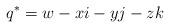
LaTeX: \begin{align*}q^* = w - xi - yj - zk\end{align*}